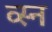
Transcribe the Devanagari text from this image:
व्स्न